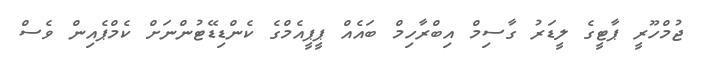
ޖުމްހޫރީ ޕާޓީގެ ލީޑަރު ގާސިމް އިބްރާހިމް ބައެއް ޕީޕީއެމްގެ ކެންޑިޑޭޓުންނަށް ކެމްޕެއިން ވެސް